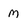
Character: M